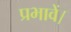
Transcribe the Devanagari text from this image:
प्रभावें।